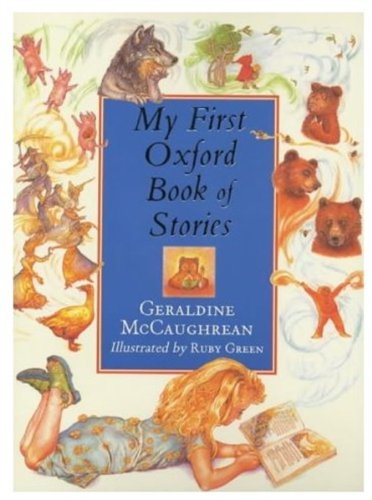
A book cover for My First Oxford Book of Stories; Geraldine McCaughrean; Children's Books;